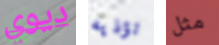
ديوي تؤذيه مثل